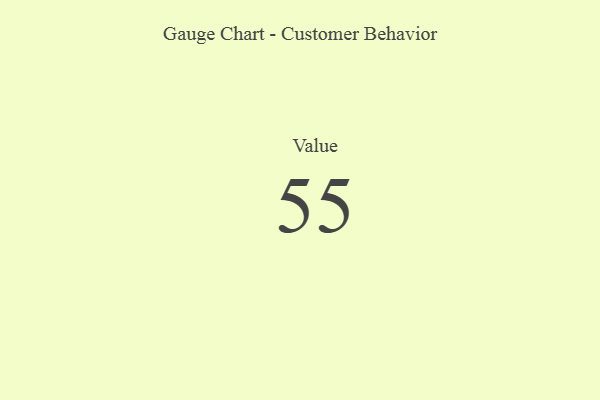
{"axis": {"x": "Metric", "y": "Value"}, "legend": [""], "data": [{"x": "Value", "y": 55, "type": ""}]}